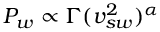
P _ { w } \propto \Gamma ( v _ { s w } ^ { 2 } ) ^ { \alpha }